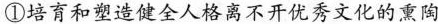
①培育和塑造健全人格离不开优秀文化的熏陶